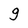
Character: 9